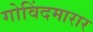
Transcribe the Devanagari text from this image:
गोविंदमारार